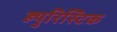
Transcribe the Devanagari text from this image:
ह्युरिस्टिक